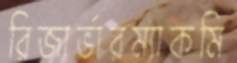
রিজার্ভারম্যাকমি